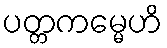
ပတ္တကမ္မေဟိ